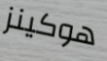
هوكينز